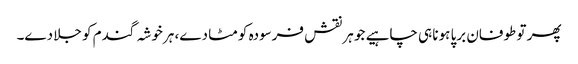
پھر تو طوفان برپا ہونا ہی چاہیے جو ہر نقش فرسودہ کو مٹا دے، ہرخوشہ گندم کو جلا دے۔